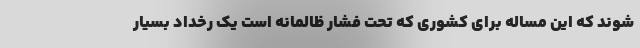
شوند که این مساله برای کشوری که تحت فشار ظالمانه است یک رُخداد بسیار